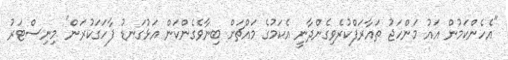
"އެހެންކަމުން އައު މަންހަޖު ތައާރަފްކުރެވިގެންދާނީ އެކަމުގެ މައްޗަށް ބިނާވެގެންކަން އަޅުގަނޑު ފާހަގަކުރަން" މިނިސްޓަރު